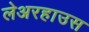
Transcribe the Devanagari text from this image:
लेअरहाउस